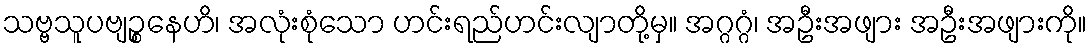
သဗ္ဗသူပဗျဉ္စနေဟိ၊ အလုံးစုံသော ဟင်းရည်ဟင်းလျာတို့မှ။ အဂ္ဂဂ္ဂံ၊ အဦးအဖျား အဦးအဖျားကို။